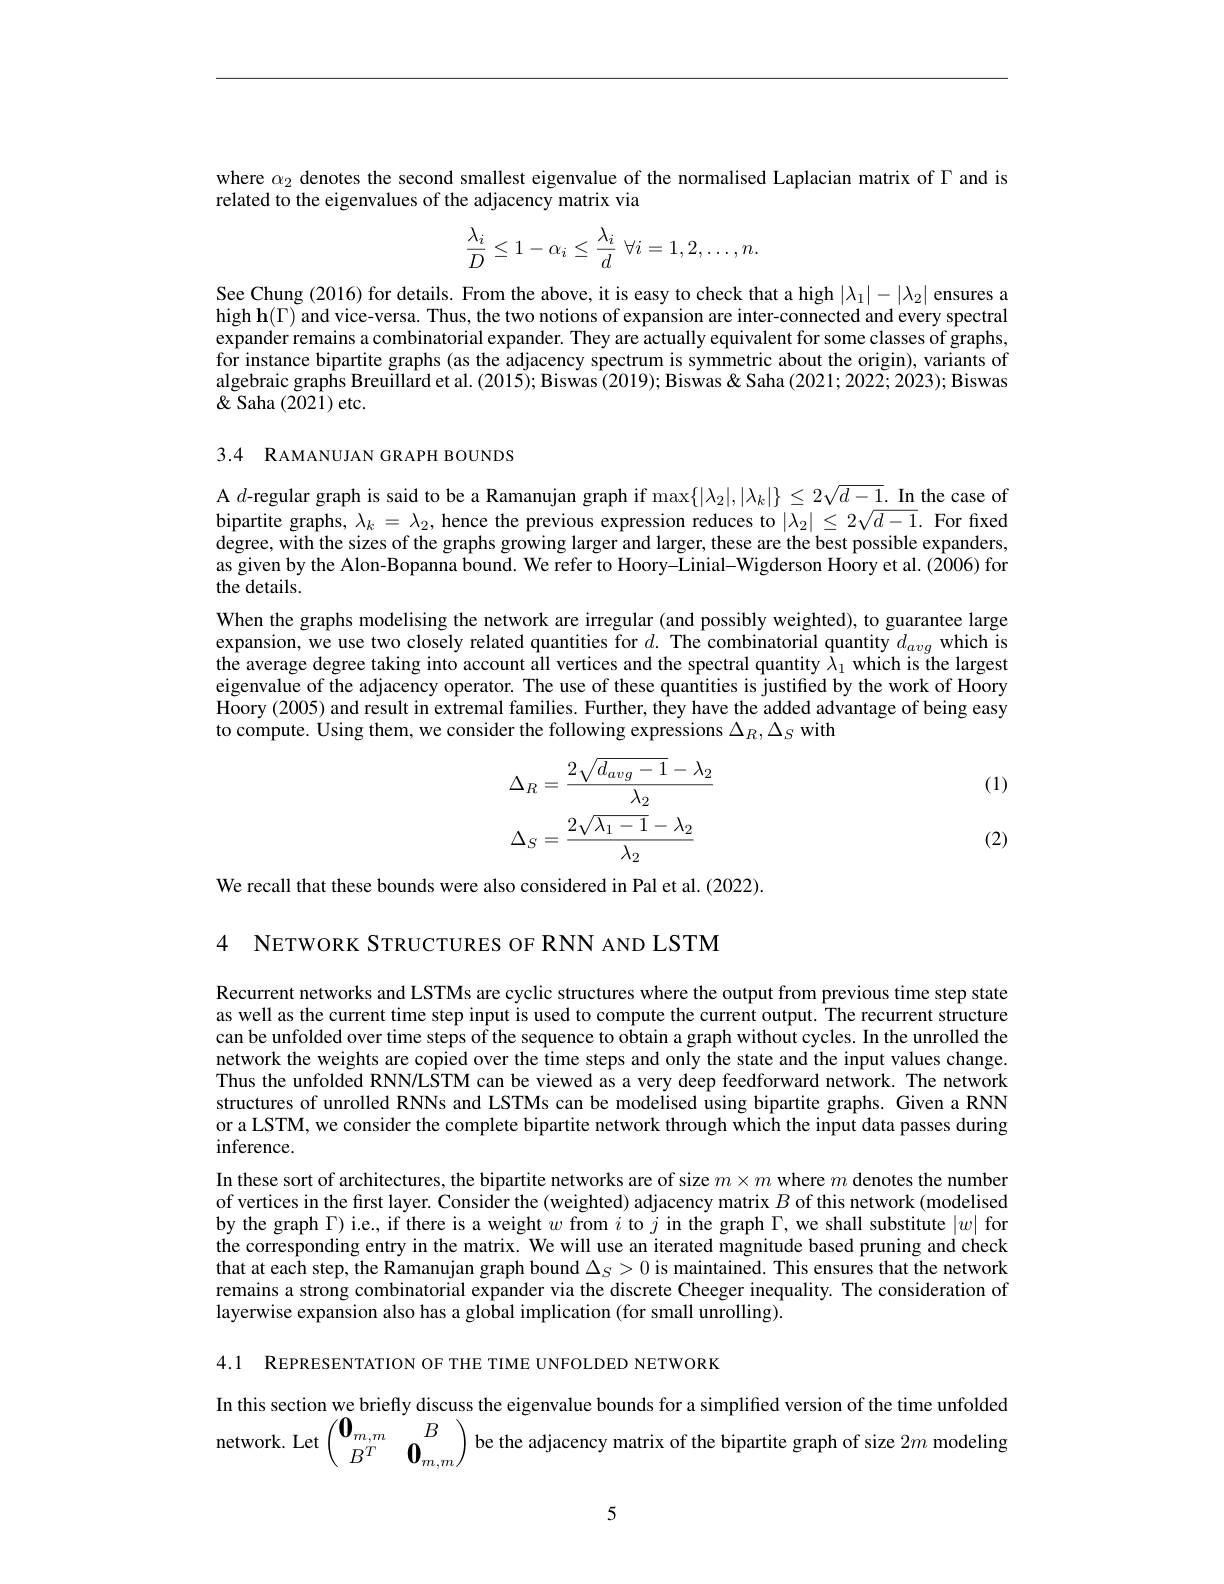
where $\alpha_2$ denotes the second smallest eigenvalue of the normalised Laplacian matrix of $\Gamma$ and is
related to the eigenvalues of the adjacency matrix via
$$\frac{\lambda_i}{D}\leq1-\alpha_i\leq\frac{\lambda_i}{d}\:\forall i=1,2,\ldots,n.$$
See Chung (2016) for details. From the above, it is easy to check that a high $|\lambda_1|-|\lambda_2|$ ensures a high h( ) and vice- versa. Thus, the two notions of expansion are inter- connected and every spectral expander remains a combinatorial expander. They are actually equivalent for some classes of graphs, for instance bipartite graphs (as the adjacency spectrum is symmetric about the origin), variants of algebraic graphs Breuillard et al. (2015); Biswas (2019); Biswas & Saha (2021; 2022; 2023); Biswas $\&$ Saha $(202\tilde{1})$ etc.

3.4 RAMANUJAN GRAPH BOUNDS

A $d$-regular graph is said to be a Ramanujan graph if $\max\{|\lambda_2|,|\lambda_k|\}\leq2\sqrt{d-1}.$ In the case of bipartite graphs, $\lambda_k=\lambda_2$, hence the previous expression reduces to $|\lambda_2|\leq2\sqrt{d-1}.$ For fixed degree, with the sizes of the graphs growing larger and larger, these are the best possible expanders, as given by the Alon-Bopanna bound. We refer to Hoory-Linial-Wigderson Hoory et al. (2006) for the details.
When the graphs modelising the network are irregular (and possibly weighted), to guarantee large expansion, we use two closely related quantities for $d.$ The combinatorial quantity $d_{avg}$ which is the average degree taking into account all vertices and the spectral quantity $\lambda_1$ which is the largest eigenvalue of the adjacency operator. The use of these quantities is justified by the work of Hoory Hoory (2005) and result in extremal families. Further, they have the added advantage of being easy to compute. Using them, we consider the following expressions $\Delta_R,\Delta_S$ with

(1)
$$\begin{aligned}\Delta_R&=\frac{2\sqrt{d_{avg}-1}-\lambda_2}{\lambda_2}\\\Delta_S&=\frac{2\sqrt{\lambda_1-1}-\lambda_2}{\lambda_2}\end{aligned}$$
(2)

We recall that these bounds were also considered in Pal et al. (2022).

4 NETWORK STRUCTURES OF RNN AND LSTM

Recurrent networks and LSTMs are cyclic structures where the output from previous time step state as well as the current time step input is used to compute the current output. The recurrent structure can be unfolded over time steps of the sequence to obtain a graph without cycles. In the unrolled the network the weights are copied over the time steps and only the state and the input values change. Thus the unfolded RNN/LSTM can be viewed as a very deep feedforward network. The network structures of unrolled RNNs and LSTMs can be modelised using bipartite graphs. Given a RNN or a LSTM, we consider the complete bipartite network through which the input data passes during inference.

In these sort of architectures, the bipartite networks are of size $m\times m$ where $m$ denotes the number of vertices in the first layer. Consider the (weighted) adjacency matrix $B$ of this network (modelised by the graph $\Gamma$)i.e., if there is a weight $w$ from $i$ to $j$ in the graph $\Gamma$,we shall substitute $|w|$ for the corresponding entry in the matrix. We will use an iterated magnitude based pruning and check that at each step, the Ramanujan graph bound $\Delta_S>0$ is maintained. This ensures that the network remains a strong combinatorial expander via the discrete Cheeger inequality. The consideration of layerwise expansion also has a global implication (for small unrolling).

4.1 REPRESENTATION OF THE TIME UNFOLDED NETWORK

In this section we briefly discuss the eigenvalue bounds for a simplified version of the time unfolded ${\mathrm{network.~Let}}\begin{pmatrix}{\mathbf{0}}_{m,m}&{B}\\{B^{T}}&{\mathbf{0}}_{m,m}\end{pmatrix}$be the adjacency matrix of the bipartite graph of size $2m$ modeling

5